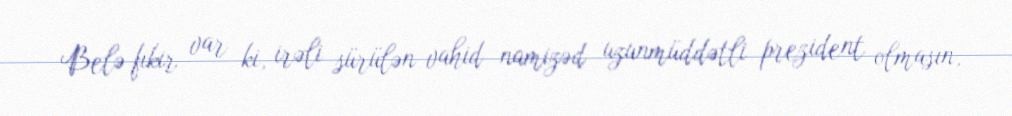
Belə fikir var ki, irəli sürülən vahid namizəd uzunmüddətli prezident olmasın,